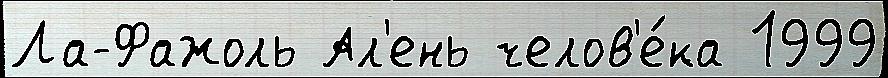
Ла-Фажоль Ал'ень челов'е́ка 1999